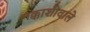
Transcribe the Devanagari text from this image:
नक्काशीवाले